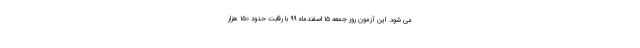
می شود. این آزمون روز جمعه ۱۵ اسفندماه ۹۹ با رقابت حدود ۱۵۰ هزار